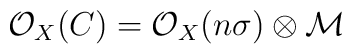
{\cal{O}}_{X}(C)= {\cal{O}}_{X}(n\sigma) \otimes {\cal{M}}